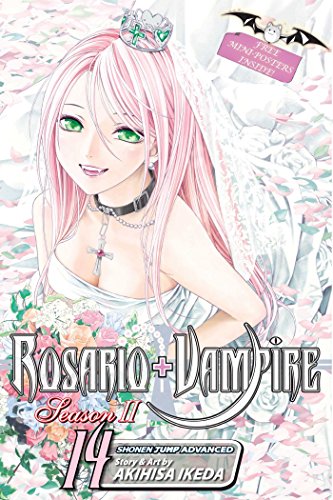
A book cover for Rosario+Vampire: Season II, Vol. 14; Akihisa Ikeda; Comics & Graphic Novels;